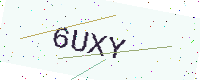
Text: 6UXY